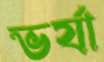
ভর্যা